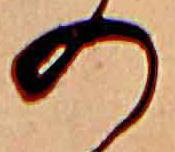
の